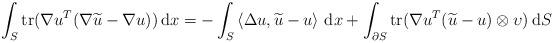
LaTeX: \begin{align*}\int_S \operatorname{tr}(\nabla u^T(\nabla \widetilde u -\nabla u))\,\mathrm dx = -\int_S \left\langle \Delta u,\widetilde u - u\right\rangle\,\mathrm dx +\int_{\partial S}\operatorname{tr}(\nabla u^T(\widetilde u-u)\otimes \upsilon)\,\mathrm dS\end{align*}